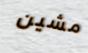
مشين